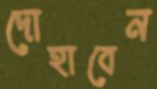
দোহাবেন